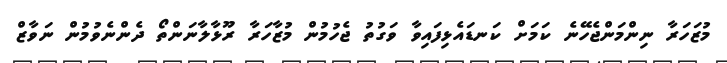
މުޒަހަރާ ނިންމަންޖެހޭނެ ކަމަަށް ކަނޑައެޅިފައިވާ ވަގުތު ޖެހުމުން މުޒާހަރާ ރޫޅާލާނަންތޯ ދެންނެވުމުން ނަވާޒް